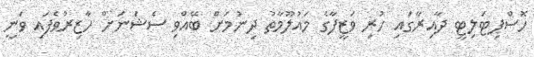
ހޮސްޕިޓަލިޓީ ދާއިރާގައި ހުރި ވަޒީފާގެ މައުލޫމާތު ދިނުމަށް ބޭއްވި ސެޝަނަށް ހާޒިރުވެފައި ވަނީ